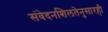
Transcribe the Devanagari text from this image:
संवेदनशिलतेनुसारही